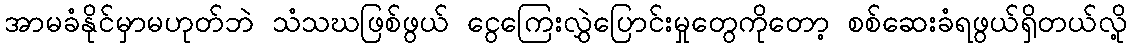
အာမခံနိုင်မှာမဟုတ်ဘဲ သံသဃဖြစ်ဖွယ် ငွေကြေးလွှဲပြောင်းမှုတွေကိုတော့ စစ်ဆေးခံရဖွယ်ရှိတယ်လို့